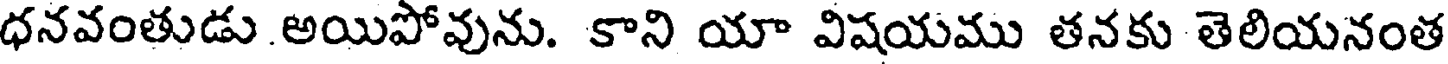
ధనవంతుడు అయిపోవును. కాని యా విషయము తనకు తెలియనంత